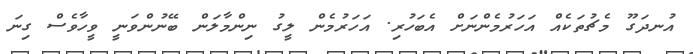
އުނދަގޫ މެޗުތަކެއް އަހަރުމެންނަށް އެބަހުރި. އަހަރުމެން ލީގު ނިންމާލަން ބޭނުންވަނީ ވީހާވެސް ގިނަ